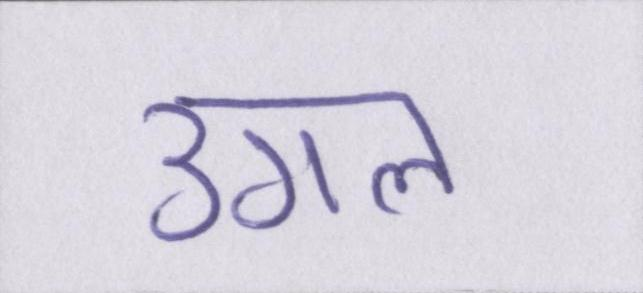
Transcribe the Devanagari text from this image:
उगल